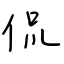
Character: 侃